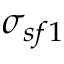
\sigma _ { s f 1 }